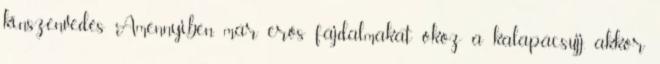
kínszenvedés Amennyiben már erős fájdalmakat okoz a kalapácsujj, akkor